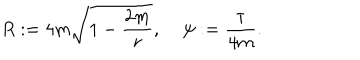
R : = 4 m \sqrt { 1 - { \frac { 2 m } { r } } } , \: \: \: \: \: \psi : = { \frac { \tau } { 4 m } } .